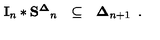
\begin{array} { l l l } { { \bf I } _ { n } * { \bf S ^ { \Delta } } _ { n } } & { \subseteq } & { { \bf \Delta } _ { n + 1 } } \\ \end{array} { } .